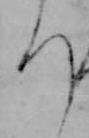
ち